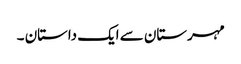
مہرستان سے ایک داستان ۔